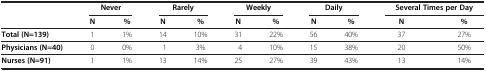
<table><thead><tr><td><b> </b></td><td colspan="2"><b>Never</b></td><td colspan="2"><b>Rarely</b></td><td colspan="2"><b>Weekly</b></td><td colspan="2"><b>Daily</b></td><td colspan="2"><b>Several Times per Day</b></td></tr><tr><td><b> </b></td><td><b>N</b></td><td><b>%</b></td><td><b>N</b></td><td><b>%</b></td><td><b>N</b></td><td><b>%</b></td><td><b>N</b></td><td><b>%</b></td><td><b>N</b></td><td><b>%</b></td></tr></thead><tbody><tr><td><b>Total (N=139)</b></td><td>1</td><td>1%</td><td>14</td><td>10%</td><td>31</td><td>22%</td><td>56</td><td>40%</td><td>37</td><td>27%</td></tr><tr><td><b>Physicians (N=40)</b></td><td>0</td><td>0%</td><td>1</td><td>3%</td><td>4</td><td>10%</td><td>15</td><td>38%</td><td>20</td><td>50%</td></tr><tr><td><b>Nurses (N=91)</b></td><td>1</td><td>1%</td><td>13</td><td>14%</td><td>25</td><td>27%</td><td>39</td><td>43%</td><td>13</td><td>14%</td></tr></tbody></table>